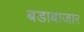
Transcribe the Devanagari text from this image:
बडाबाजार